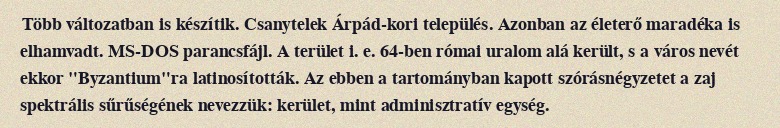
Több változatban is készítik. Csanytelek Árpád-kori település. Azonban az életerő maradéka is elhamvadt. MS-DOS parancsfájl. A terület i. e. 64-ben római uralom alá került, s a város nevét ekkor "Byzantium"ra latinosították. Az ebben a tartományban kapott szórásnégyzetet a zaj spektrális sűrűségének nevezzük: kerület, mint adminisztratív egység.